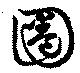
圈